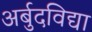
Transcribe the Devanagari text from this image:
अर्बुदविद्या